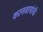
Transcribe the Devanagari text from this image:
कानबायांची